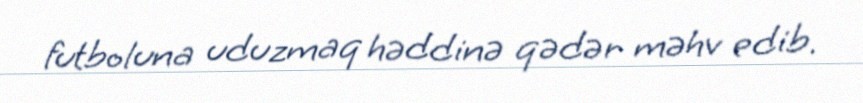
futboluna uduzmaq həddinə qədər məhv edib.